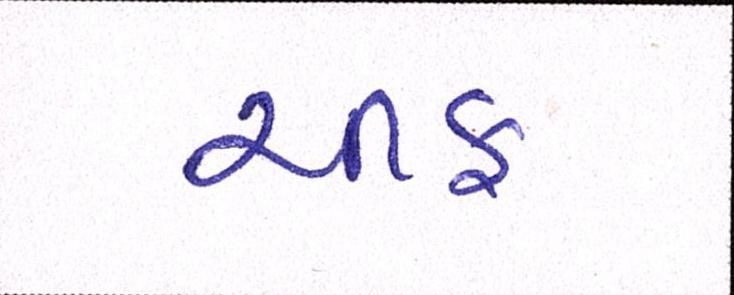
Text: ચીફ